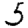
Digit: 5